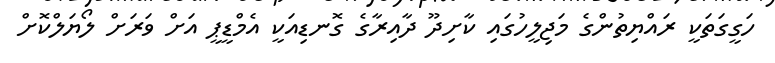
ހަގީގަތަކީ ރައްޔިތުންގެ މަޖިލީހުގައި ކާށިދޫ ދާއިރާގެ ގޮނޑިއަކީ އެމްޑީޕީ އަށް ވަރަށް ލޯޔަލްކޮށް